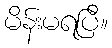
မိန်းမရပြီ။